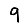
Digit: 9